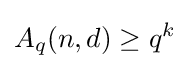
A_{q}(n,d)\geq q^{k}